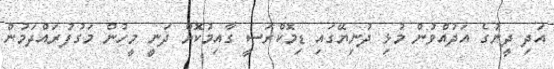
އަދި ދީނުގެ އަދުއްވުން މުޅި ދުނިޔޭގައި ޑިމޮކްރަސީ ގާއިމުކޮށް ދަނީ މީހުން މަގުފުރައްދަމުން